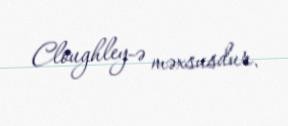
Cloughley-ə məxsusdur.